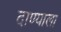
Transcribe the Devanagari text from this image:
दाण्याला